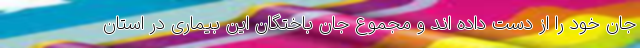
جان خود را از دست داده اند و مجموع جان باختگان این بیماری در استان